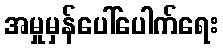
အမှုမှန်ပေါ်ပေါက်ရေး